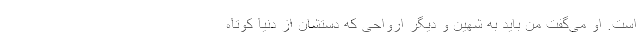
است. او می‌گفت من باید به شهین و دیگر ارواحی که دستشان از دنیا کوتاه